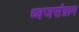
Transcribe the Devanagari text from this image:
ध्वजसंग्राम